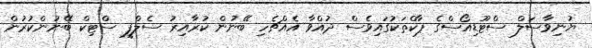
ޔުނިވާސަލް ސްޓޫޑިއޯސްގެ ޕާކްތަކުގައިވެސް ދުއްވާ އެއްޗެހި ބޭނުން ކުރާއިރު ސެލްފީ ސްޓިކް ބޭނުންކުރުން